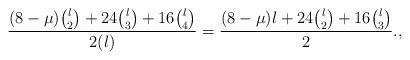
LaTeX: \begin{align*} \frac{(8-\mu){l \choose 2}+24{l \choose 3}+16{l\choose 4}}{2(l)}=\frac{(8-\mu)l +24{l \choose 2}+16{l \choose 3}}{2}.,\end{align*}